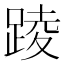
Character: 踜